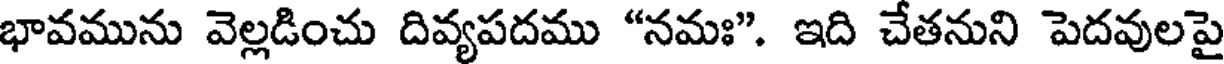
భావమును వెల్లడించు దివ్యపదము "నమః". ఇది చేతనుని పెదవులపై